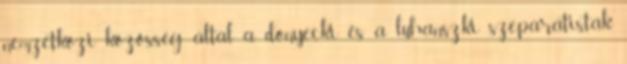
nemzetközi közösség által a donyecki és a luhanszki szeparatisták